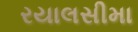
રયાલસીમા